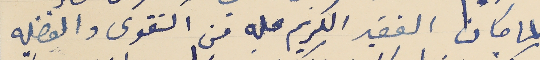
لما كان الفقيد الكريم عليه من التقوى والفضيله